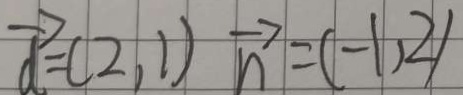
\overrightarrow { d } = ( 2 , 1 ) \overrightarrow { n } = ( - 1 , 2 )